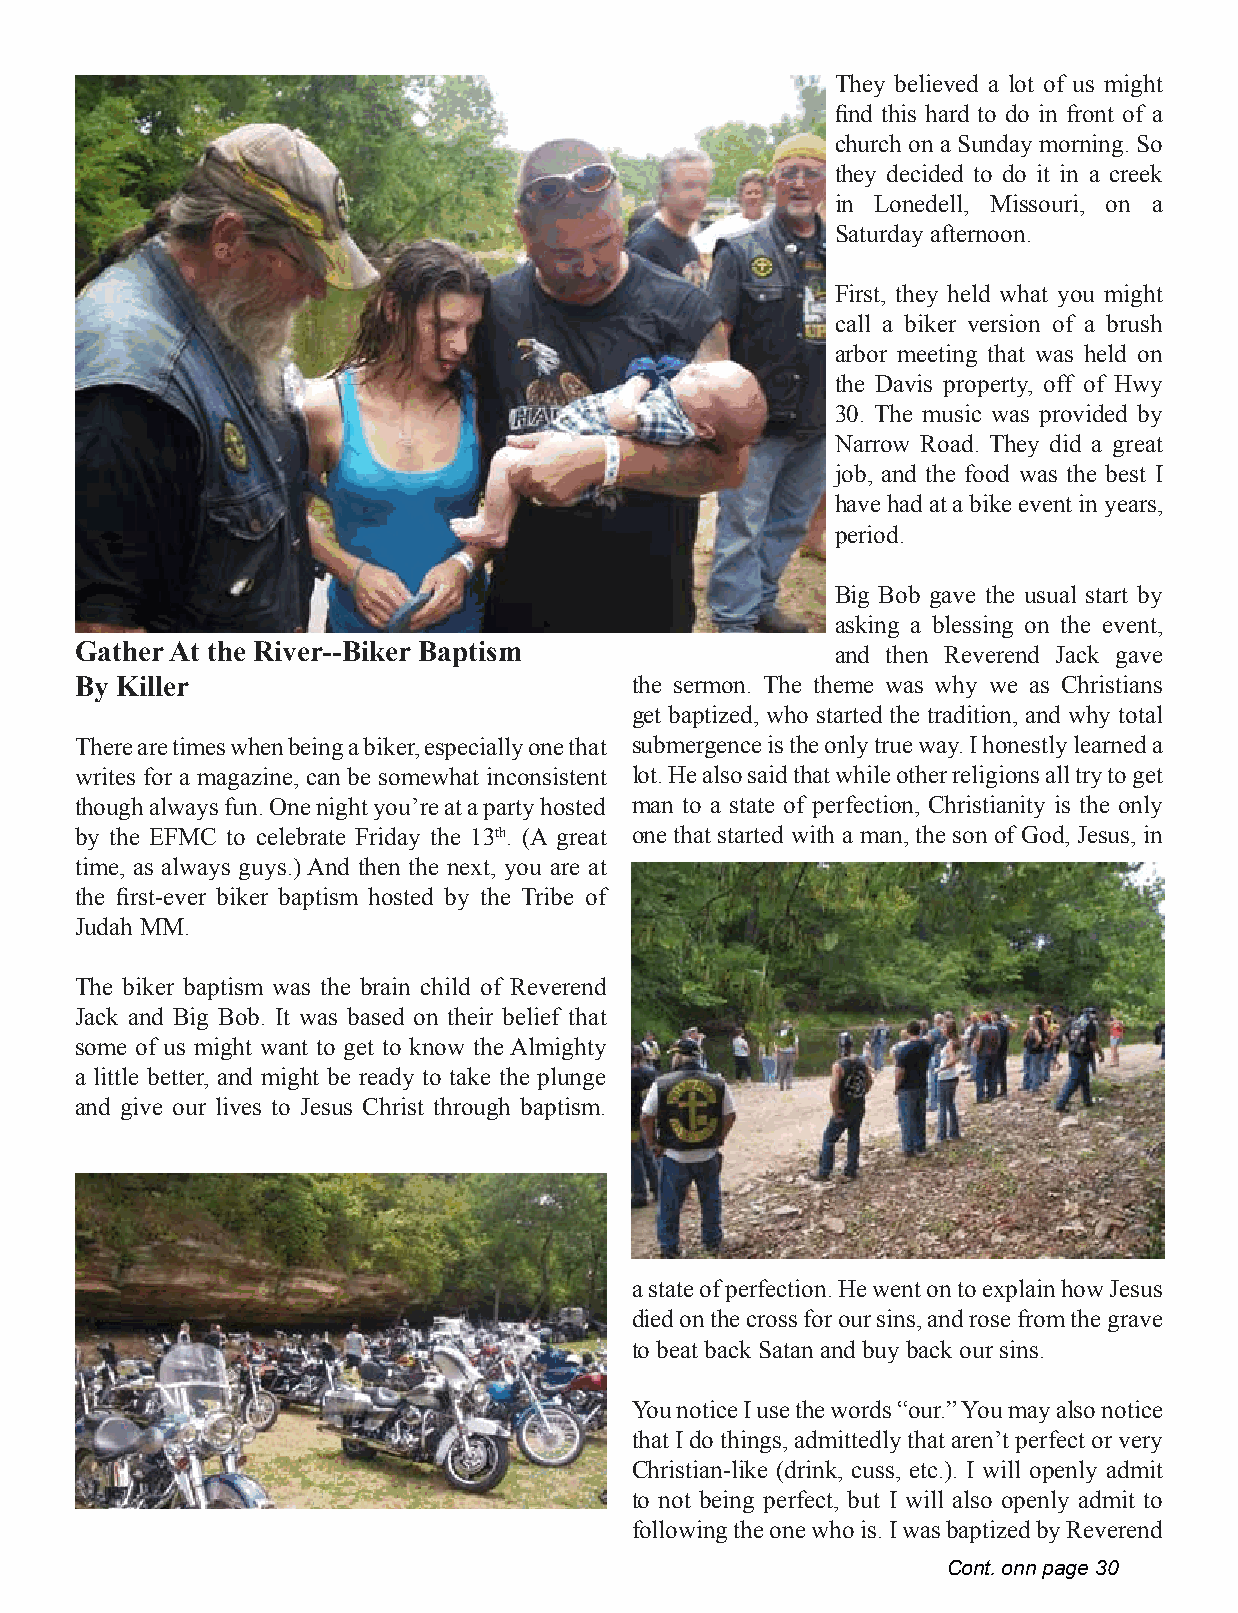
They believed a lot of us might
 find this hard to do in front of a
 church on a Sunday morning. So
 they decided to do it in a creek
 in Lonedell, Missouri, on a
 Saturday afternoon.
 First, they held what you might
 call a biker version of a brush
 arbor meeting that was held on
 the Davis property, off of Hwy
 30. The music was provided by
 Narrow Road. They did a great
 job, and the food was the best I
 have had at a bike event in years,
 period.
 Big Bob gave the usual start by
 asking a blessing on the event,
 Gather At the River--Biker Baptism                and then Reverend Jack gave
 By Killer                            the sermon. The theme was why we as Christians
 get baptized, who started the tradition, and why total
 There are times when being a biker, especially one that submergence is the only true way. I honestly learned a
 writes for a magazine, can be somewhat inconsistent lot. He also said that while other religions all try to get
 though always fun. One night you’re at a party hosted man to a state of perfection, Christianity is the only
 by the EFMC to celebrate Friday the 13th. (A great one that started with a man, the son of God, Jesus, in
 time, as always guys.) And then the next, you are at
 the first-ever biker baptism hosted by the Tribe of
 Judah MM.
 The biker baptism was the brain child of Reverend
 Jack and Big Bob. It was based on their belief that
 some of us might want to get to know the Almighty
 a little better, and might be ready to take the plunge
 and give our lives to Jesus Christ through baptism.
 a state of perfection. He went on to explain how Jesus
 died on the cross for our sins, and rose from the grave
 to beat back Satan and buy back our sins.
 You notice I use the words “our.” You may also notice
 that I do things, admittedly that aren’t perfect or very
 Christian-like (drink, cuss, etc.). I will openly admit
 to not being perfect, but I will also openly admit to
 following the one who is. I was baptized by Reverend
 Cont. onn page 30